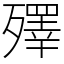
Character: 殬